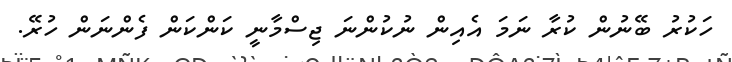
ހަކުރު ބޭނުން ކުރާ ނަމަ އެއިން ނުކުންނަ ޖިސްމާނީ ކަންކަން ފެންނަން ހުރޭ.